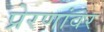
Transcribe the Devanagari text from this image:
प्रेरणांवर